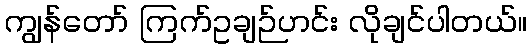
ကျွန်တော် ကြက်ဥချဉ်ဟင်း လိုချင်ပါတယ်။